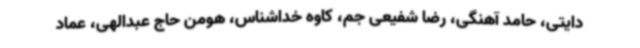
دایتی، حامد آهنگی، رضا شفیعی جم، کاوه خداشناس، هومن حاج عبدالهی، عماد